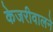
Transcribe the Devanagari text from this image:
केजरीवालने